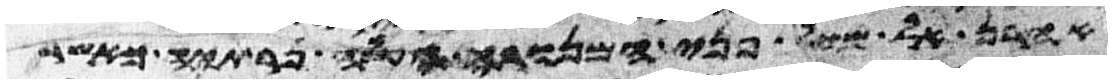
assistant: אהרן אל מול פני המנורה העלה נרתיה כאשר